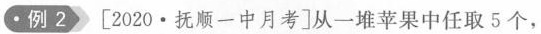
例2 [2022·抚顺一中月考]从一堆苹果中任取5个，